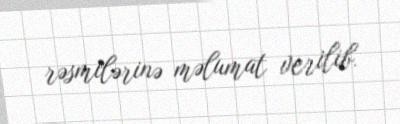
rəsmilərinə məlumat verilib.